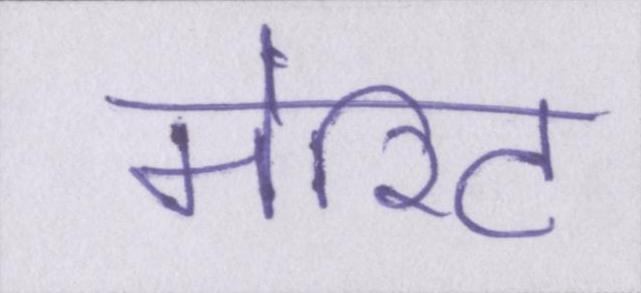
मेरिट